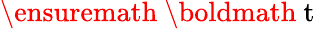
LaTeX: \ensuremath{\mathrm{~\boldmath~t~}}